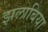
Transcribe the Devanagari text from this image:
झलाबिया